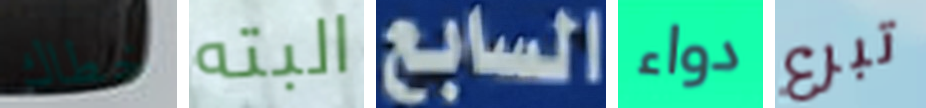
خطاك البته السابع دواء تبرع